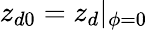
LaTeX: z_{d0}=z_{d}|_{\phi=0}